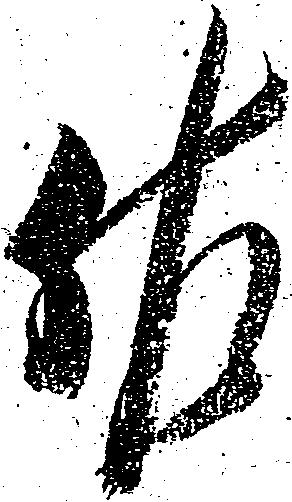
佐